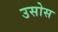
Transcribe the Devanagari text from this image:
उसोस